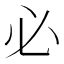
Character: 必